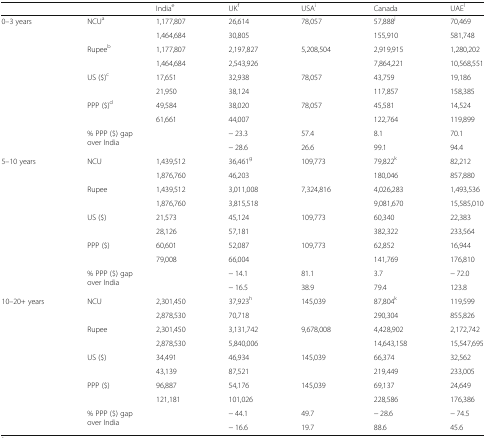
<table><thead><tr><td colspan="2"></td><td><b>India<sup>e</sup></b></td><td><b>UK<sup>f</sup></b></td><td><b>USA<sup>i</sup></b></td><td><b>Canada</b></td><td><b>UAE<sup>l</sup></b></td></tr></thead><tbody><tr><td rowspan="10">0–3 years</td><td rowspan="2">NCU<sup>a</sup></td><td>1,177,807</td><td>26,614</td><td rowspan="2">78,057</td><td>57,888<sup>j</sup></td><td>70,469</td></tr><tr><td>1,464,684</td><td>30,805</td><td>155,910</td><td>581,748</td></tr><tr><td rowspan="2">Rupee<sup>b</sup></td><td>1,177,807</td><td>2,197,827</td><td rowspan="2">5,208,504</td><td>2,919,915</td><td>1,280,202</td></tr><tr><td>1,464,684</td><td>2,543,926</td><td>7,864,221</td><td>10,568,551</td></tr><tr><td rowspan="2">US ($)<sup>c</sup></td><td>17,651</td><td>32,938</td><td rowspan="2">78,057</td><td>43,759</td><td>19,186</td></tr><tr><td>21,950</td><td>38,124</td><td>117,857</td><td>158,385</td></tr><tr><td rowspan="2">PPP ($)<sup>d</sup></td><td>49,584</td><td>38,020</td><td rowspan="2">78,057</td><td>45,581</td><td>14,524</td></tr><tr><td>61,661</td><td>44,007</td><td>122,764</td><td>119,899</td></tr><tr><td rowspan="2" colspan="2">% PPP ($) gap over India</td><td>− 23.3</td><td>57.4</td><td>8.1</td><td>70.1</td></tr><tr><td>− 28.6</td><td>26.6</td><td>99.1</td><td>94.4</td></tr><tr><td rowspan="10">5–10 years</td><td rowspan="2">NCU</td><td>1,439,512</td><td>36,461<sup>g</sup></td><td rowspan="2">109,773</td><td>79,822<sup>k</sup></td><td>82,212</td></tr><tr><td>1,876,760</td><td>46,203</td><td>180,046</td><td>857,880</td></tr><tr><td rowspan="2">Rupee</td><td>1,439,512</td><td>3,011,008</td><td rowspan="2">7,324,816</td><td>4,026,283</td><td>1,493,536</td></tr><tr><td>1,876,760</td><td>3,815,518</td><td>9,081,670</td><td>15,585,010</td></tr><tr><td rowspan="2">US ($)</td><td>21,573</td><td>45,124</td><td rowspan="2">109,773</td><td>60,340</td><td>22,383</td></tr><tr><td>28,126</td><td>57,181</td><td>382,322</td><td>233,564</td></tr><tr><td rowspan="2">PPP ($)</td><td>60,601</td><td>52,087</td><td rowspan="2">109,773</td><td>62,852</td><td>16,944</td></tr><tr><td>79,008</td><td>66,004</td><td>141,769</td><td>176,810</td></tr><tr><td rowspan="2" colspan="2">% PPP ($) gap over India</td><td>− 14.1</td><td>81.1</td><td>3.7</td><td>− 72.0</td></tr><tr><td>− 16.5</td><td>38.9</td><td>79.4</td><td>123.8</td></tr><tr><td rowspan="10">10–20+ years</td><td rowspan="2">NCU</td><td>2,301,450</td><td>37,923<sup>h</sup></td><td rowspan="2">145,039</td><td>87,804<sup>k</sup></td><td>119,599</td></tr><tr><td>2,878,530</td><td>70,718</td><td>290,304</td><td>855,826</td></tr><tr><td rowspan="2">Rupee</td><td>2,301,450</td><td>3,131,742</td><td rowspan="2">9,678,008</td><td>4,428,902</td><td>2,172,742</td></tr><tr><td>2,878,530</td><td>5,840,006</td><td>14,643,158</td><td>15,547,695</td></tr><tr><td rowspan="2">US ($)</td><td>34,491</td><td>46,934</td><td>145,039</td><td>66,374</td><td>32,562</td></tr><tr><td>43,139</td><td>87,521</td><td></td><td>219,449</td><td>233,005</td></tr><tr><td rowspan="2">PPP ($)</td><td>96,887</td><td>54,176</td><td>145,039</td><td>69,137</td><td>24,649</td></tr><tr><td>121,181</td><td>101,026</td><td></td><td>228,586</td><td>176,386</td></tr><tr><td rowspan="2" colspan="2">% PPP ($) gap over India</td><td>− 44.1</td><td>49.7</td><td>− 28.6</td><td>− 74.5</td></tr><tr><td>− 16.6</td><td>19.7</td><td>88.6</td><td>45.6</td></tr></tbody></table>